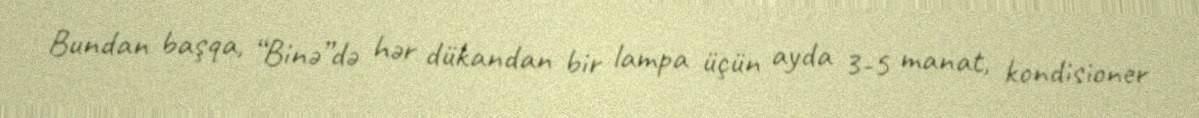
Bundan başqa, “Binə”də hər dükandan bir lampa üçün ayda 3-5 manat, kondisioner